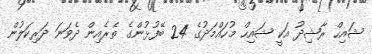
ޝައިހް ރާޝިދު އަކީ ޝައިހް މުހައްމަދުގެ 24 ބޭފުޅުންގެ ތެރެއިން ދެވަނަ ދަރިކަލުން